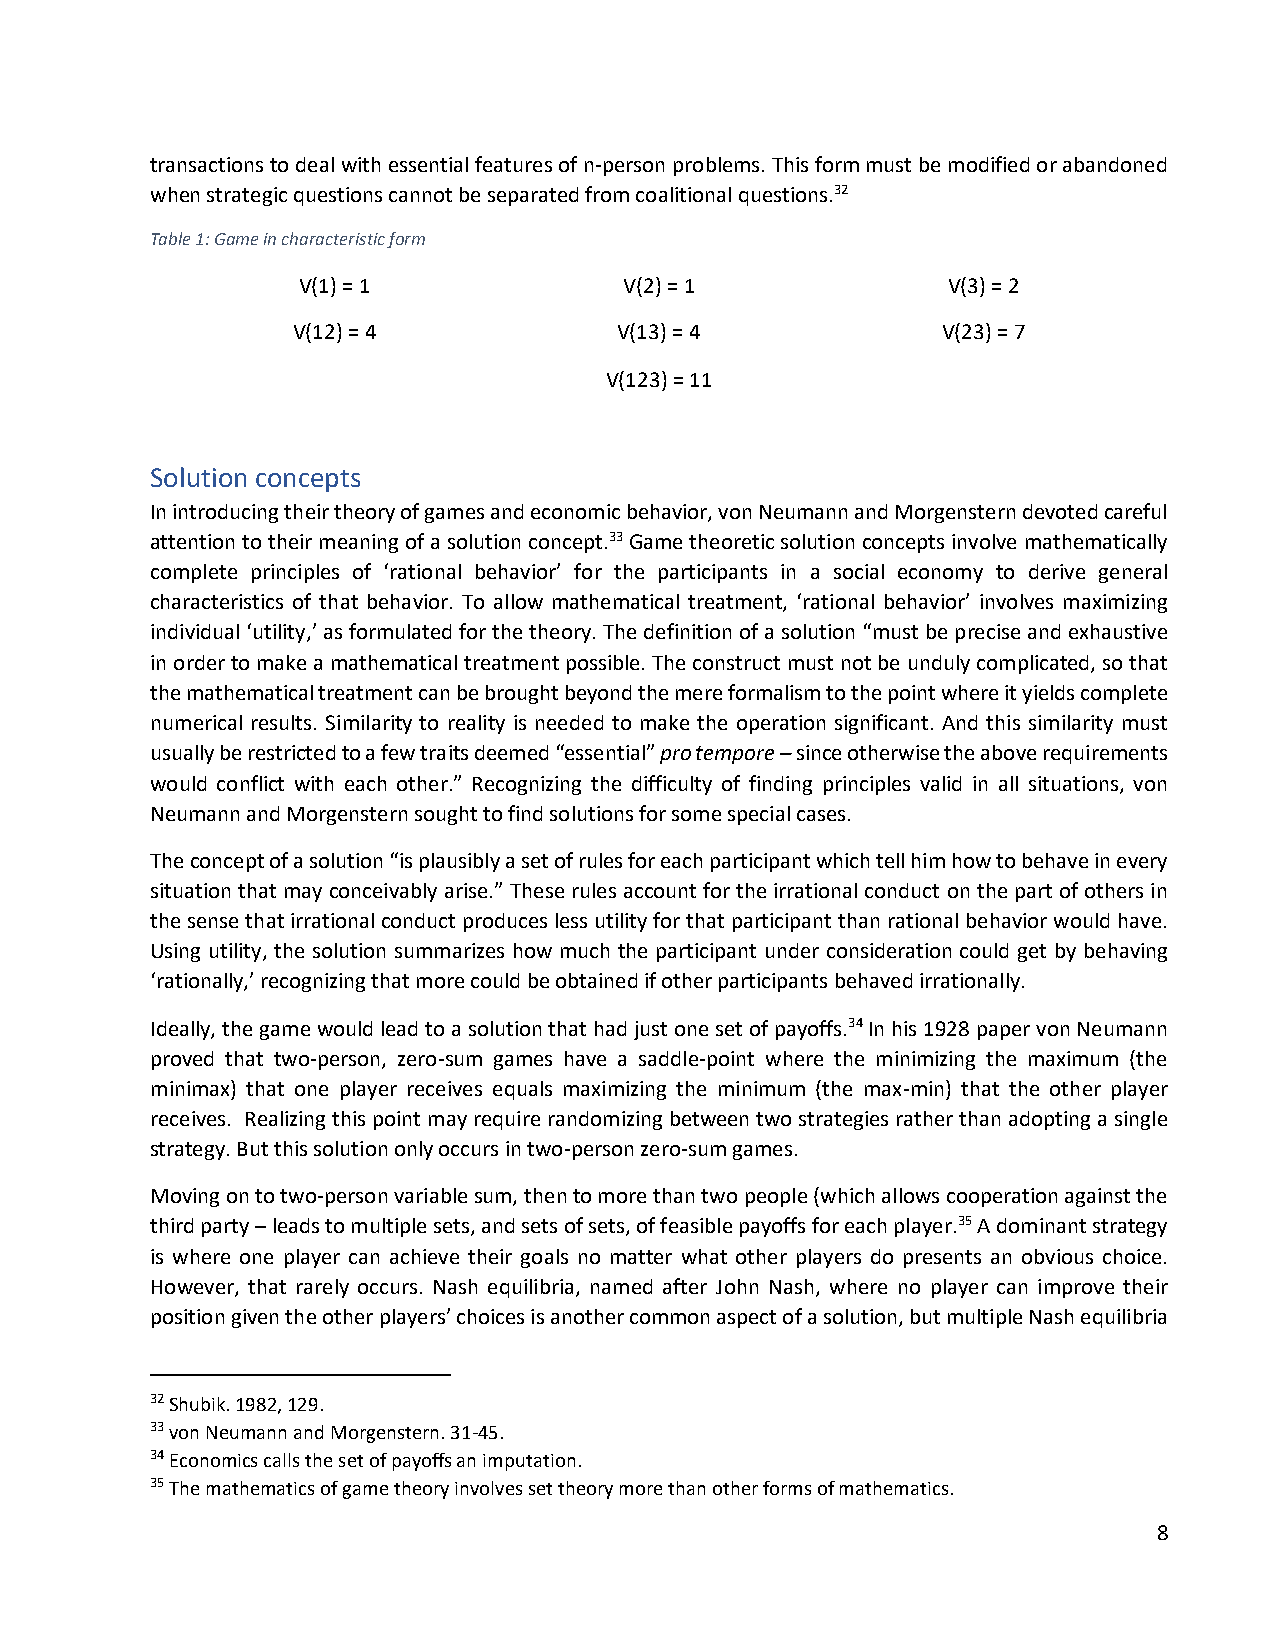
transactions to deal with essential features of n-person problems. This form must be modified or abandoned
 when strategic questions cannot be separated from coalitional questions.32
 Table 1: Game in characteristic form
 V(1) = 1             V(2) = 1              V(3) = 2
 V(12) = 4             V(13) = 4            V(23) = 7
 V(123) = 11
 Solution concepts
 In introducing their theory of games and economic behavior, von Neumann and Morgenstern devoted careful
 attention to their meaning of a solution concept.33 Game theoretic solution concepts involve mathematically
 complete principles of ‘rational behavior’ for the participants in a social economy to derive general
 characteristics of that behavior. To allow mathematical treatment, ‘rational behavior’ involves maximizing
 individual ‘utility,’ as formulated for the theory. The definition of a solution “must be precise and exhaustive
 in order to make a mathematical treatment possible. The construct must not be unduly complicated, so that
 the mathematical treatment can be brought beyond the mere formalism to the point where it yields complete
 numerical results. Similarity to reality is needed to make the operation significant. And this similarity must
 usually be restricted to a few traits deemed “essential” pro tempore – since otherwise the above requirements
 would conflict with each other.” Recognizing the difficulty of finding principles valid in all situations, von
 Neumann and Morgenstern sought to find solutions for some special cases.
 The concept of a solution “is plausibly a set of rules for each participant which tell him how to behave in every
 situation that may conceivably arise.” These rules account for the irrational conduct on the part of others in
 the sense that irrational conduct produces less utility for that participant than rational behavior would have.
 Using utility, the solution summarizes how much the participant under consideration could get by behaving
 ‘rationally,’ recognizing that more could be obtained if other participants behaved irrationally.
 Ideally, the game would lead to a solution that had just one set of payoffs.34 In his 1928 paper von Neumann
 proved that two-person, zero-sum games have a saddle-point where the minimizing the maximum (the
 minimax) that one player receives equals maximizing the minimum (the max-min) that the other player
 receives. Realizing this point may require randomizing between two strategies rather than adopting a single
 strategy. But this solution only occurs in two-person zero-sum games.
 Moving on to two-person variable sum, then to more than two people (which allows cooperation against the
 third party – leads to multiple sets, and sets of sets, of feasible payoffs for each player.35 A dominant strategy
 is where one player can achieve their goals no matter what other players do presents an obvious choice.
 However, that rarely occurs. Nash equilibria, named after John Nash, where no player can improve their
 position given the other players’ choices is another common aspect of a solution, but multiple Nash equilibria
 32 Shubik. 1982, 129.
 33 von Neumann and Morgenstern. 31-45.
 34 Economics calls the set of payoffs an imputation.
 35 The mathematics of game theory involves set theory more than other forms of mathematics.
 8